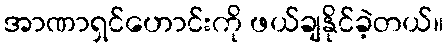
အာဏာရှင်ဟောင်းကို ဖယ်ချနိုင်ခဲ့တယ်။